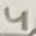
Text: 4